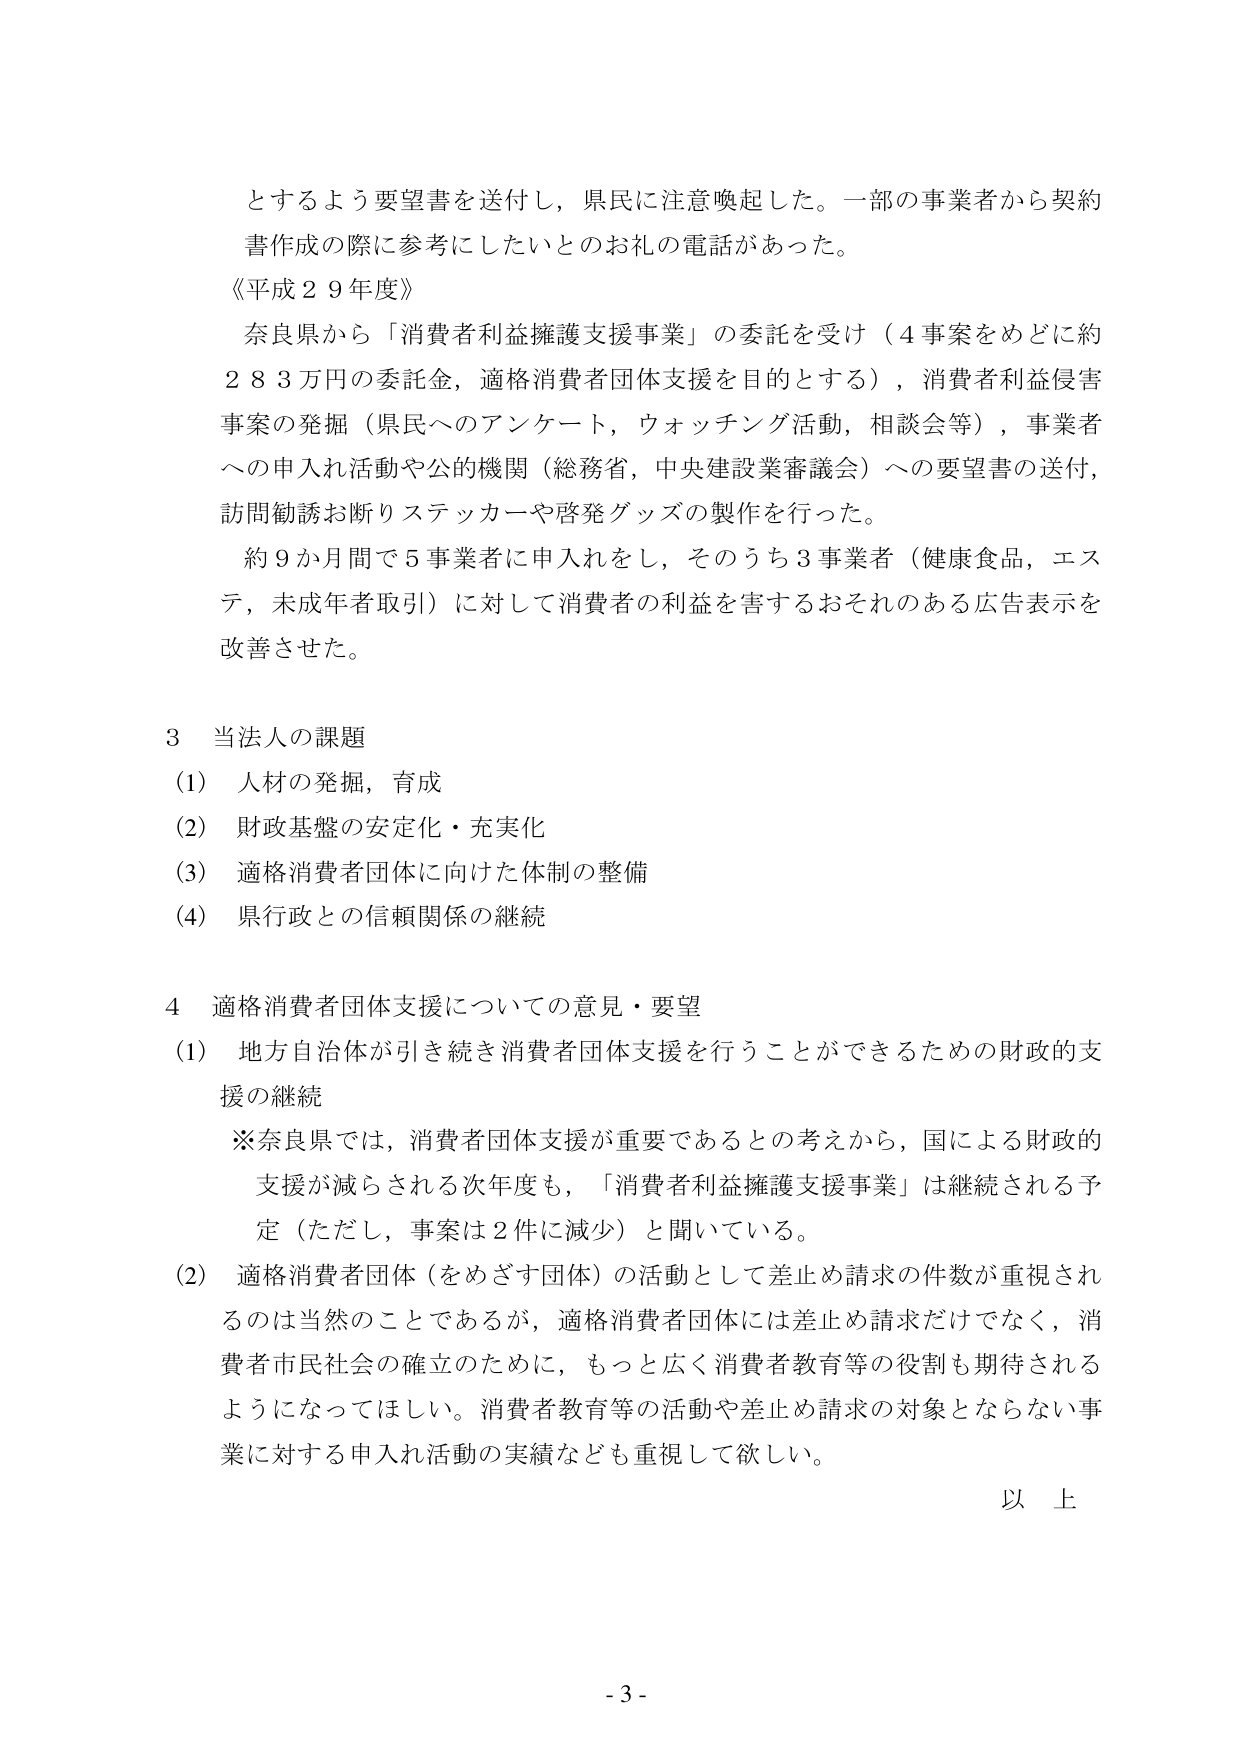
とするよう要望書を送付し，県民に注意喚起した。一部の事業者から契約書作成の際に参考にしたいとのお礼の電話があった。

《平成２９年度》
奈良県から「消費者利益擁護支援事業」の委託を受け（４事案をめどに約２８３万円の委託金，適格消費者団体支援を目的とする），消費者利益侵害事案の発掘（県民へのアンケート，ウォッチング活動，相談会等），事業者への申入れ活動や公的機関（総務省，中央建設業審議会）への要望書の送付，訪問勧誘お断りステッカーや啓発グッズの製作を行った。
約９か月間で５事業者に申入れをし，そのうち３事業者（健康食品，エステ，未成年者取引）に対して消費者の利益を害するおそれのある広告表示を改善させた。

３ 当法人の課題
(1) 人材の発掘，育成
(2) 財政基盤の安定化・充実化
(3) 適格消費者団体に向けた体制の整備
(4) 県行政との信頼関係の継続

４ 適格消費者団体支援についての意見・要望
(1) 地方自治体が引き続き消費者団体支援を行うことができるための財政的支援の継続
※奈良県では，消費者団体支援が重要であるとの考えから，国による財政的支援が減らされる次年度も，「消費者利益擁護支援事業」は継続される予定（ただし，事案は２件に減少）と聞いている。
(2) 適格消費者団体（をめざす団体）の活動として差止め請求の件数が重視されるのは当然のことであるが，適格消費者団体には差止め請求だけでなく，消費者市民社会の確立のために，もっと広く消費者教育等の役割も期待されるようになってほしい。消費者教育等の活動や差止め請求の対象とならない事業に対する申入れ活動の実績なども重視して欲しい。

以上

- 3 -